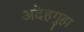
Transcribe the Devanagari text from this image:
अदेहगुहा